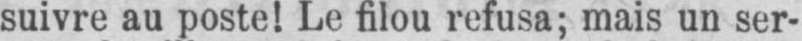
suivre au poste! Le filou refusa; mais un ser-